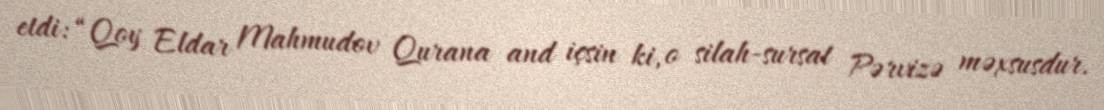
etdi: “Qoy Eldar Mahmudov Qurana and içsin ki, o silah-sursat Pərvizə məxsusdur.